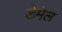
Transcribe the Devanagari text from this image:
डेमेल